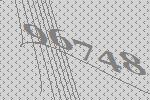
96748